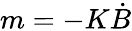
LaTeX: m=-K{\dot{B}}